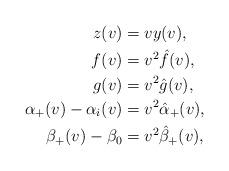
LaTeX: \begin{align*} z(v)&=vy(v),\\ f(v)&=v^2\hat{f}(v),\\ g(v)&=v^2\hat{g}(v),\\ \alpha_+(v)-\alpha_i(v)&=v^2\hat{\alpha}_+(v),\\ \beta_+(v)-\beta_0&=v^2\hat{\beta}_+(v),\end{align*}